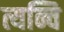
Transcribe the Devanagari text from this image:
त्यन्चि